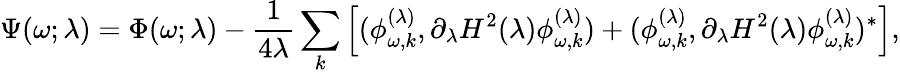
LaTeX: \Psi(\omega;\lambda)=\Phi(\omega;\lambda)-{\frac{1}{4\lambda}}\sum_{k}\left[(\phi_{\omega,k}^{(\lambda)},\partial_{\lambda}H^{2}(\lambda)\phi_{\omega,k}^{(\lambda)})+(\phi_{\omega,k}^{(\lambda)},\partial_{\lambda}H^{2}(\lambda)\phi_{\omega,k}^{(\lambda)})^{*}\right],